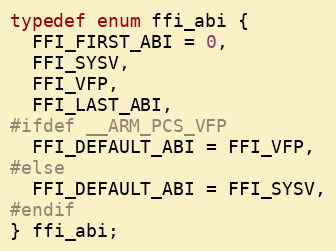
Language: C
typedef enum ffi_abi {
  FFI_FIRST_ABI = 0,
  FFI_SYSV,
  FFI_VFP,
  FFI_LAST_ABI,
#ifdef __ARM_PCS_VFP
  FFI_DEFAULT_ABI = FFI_VFP,
#else
  FFI_DEFAULT_ABI = FFI_SYSV,
#endif
} ffi_abi;